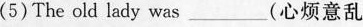
(5) The old lady was ___ (心烦意乱